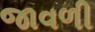
જાવળી